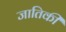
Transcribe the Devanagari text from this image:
जातिकी